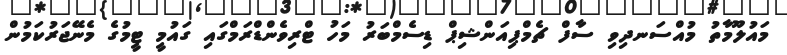
މައުލޫމާތު މުއްސަނދިވި ސާފް ޗެމްޕިއަންޝިޕް ޑިސެމްބަރު މަހު ޓްރިވެންޑްްރަމްގައި ގައުމީ ޓީމުގެ މެނޭޖަރުކަމުން